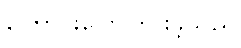
ကြောင်းပြောကြားခဲ့သည်